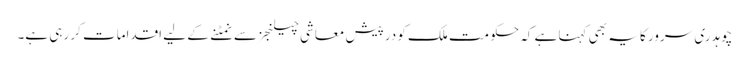
چوہدری سرور کا یہ بھی کہنا ہے کہ حکومت ملک کو درپیش معاشی چیلنجز سے نمٹنے کے لیے اقدامات کر رہی ہے۔